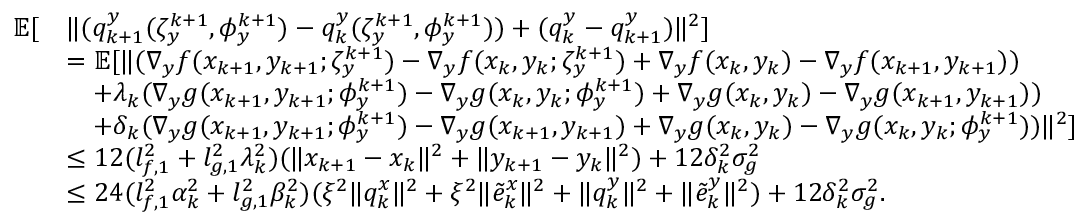
\begin{array} { r l } { \mathbb { E } [ } & { \| ( q _ { k + 1 } ^ { y } ( \zeta _ { y } ^ { k + 1 } , \phi _ { y } ^ { k + 1 } ) - q _ { k } ^ { y } ( \zeta _ { y } ^ { k + 1 } , \phi _ { y } ^ { k + 1 } ) ) + ( q _ { k } ^ { y } - q _ { k + 1 } ^ { y } ) \| ^ { 2 } ] } \\ & { = \mathbb { E } [ \| ( \nabla _ { y } f ( x _ { k + 1 } , y _ { k + 1 } ; \zeta _ { y } ^ { k + 1 } ) - \nabla _ { y } f ( x _ { k } , y _ { k } ; \zeta _ { y } ^ { k + 1 } ) + \nabla _ { y } f ( x _ { k } , y _ { k } ) - \nabla _ { y } f ( x _ { k + 1 } , y _ { k + 1 } ) ) } \\ & { \quad + \lambda _ { k } ( \nabla _ { y } g ( x _ { k + 1 } , y _ { k + 1 } ; \phi _ { y } ^ { k + 1 } ) - \nabla _ { y } g ( x _ { k } , y _ { k } ; \phi _ { y } ^ { k + 1 } ) + \nabla _ { y } g ( x _ { k } , y _ { k } ) - \nabla _ { y } g ( x _ { k + 1 } , y _ { k + 1 } ) ) } \\ & { \quad + \delta _ { k } ( \nabla _ { y } g ( x _ { k + 1 } , y _ { k + 1 } ; \phi _ { y } ^ { k + 1 } ) - \nabla _ { y } g ( x _ { k + 1 } , y _ { k + 1 } ) + \nabla _ { y } g ( x _ { k } , y _ { k } ) - \nabla _ { y } g ( x _ { k } , y _ { k } ; \phi _ { y } ^ { k + 1 } ) ) \| ^ { 2 } ] } \\ & { \le 1 2 ( l _ { f , 1 } ^ { 2 } + l _ { g , 1 } ^ { 2 } \lambda _ { k } ^ { 2 } ) ( \| x _ { k + 1 } - x _ { k } \| ^ { 2 } + \| y _ { k + 1 } - y _ { k } \| ^ { 2 } ) + 1 2 \delta _ { k } ^ { 2 } \sigma _ { g } ^ { 2 } } \\ & { \le 2 4 ( l _ { f , 1 } ^ { 2 } \alpha _ { k } ^ { 2 } + l _ { g , 1 } ^ { 2 } \beta _ { k } ^ { 2 } ) ( \xi ^ { 2 } \| q _ { k } ^ { x } \| ^ { 2 } + \xi ^ { 2 } \| \tilde { e } _ { k } ^ { x } \| ^ { 2 } + \| q _ { k } ^ { y } \| ^ { 2 } + \| \tilde { e } _ { k } ^ { y } \| ^ { 2 } ) + 1 2 \delta _ { k } ^ { 2 } \sigma _ { g } ^ { 2 } . } \end{array}